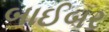
બાઈબર